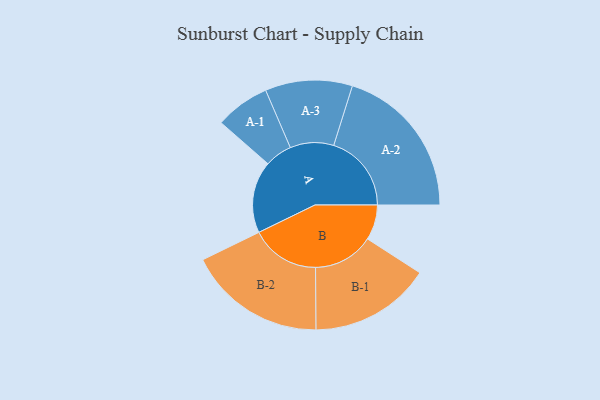
{"axis": {"x": "Segment", "y": "Value"}, "legend": ["", "A", "B"], "data": [{"x": "A", "y": 274, "type": ""}, {"x": "B", "y": 134, "type": ""}, {"x": "A-1", "y": 104, "type": "A"}, {"x": "A-2", "y": 296, "type": "A"}, {"x": "A-3", "y": 166, "type": "A"}, {"x": "B-1", "y": 231, "type": "B"}, {"x": "B-2", "y": 263, "type": "B"}]}